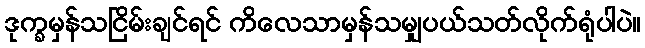
ဒုက္ခမှန်သငြိမ်းချင်ရင် ကိလေသာမှန်သမျှပယ်သတ်လိုက်ရုံပါပဲ။